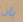
بأن